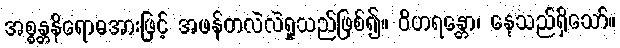
အစ္စန္တနိရောဓအားဖြင့် အဖန်တလဲလဲရှုသည်ဖြစ်၍။ ဝိဟရန္တော၊ နေသည်ရှိသော်။